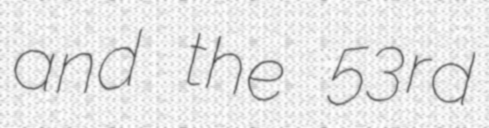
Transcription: and the 53rd